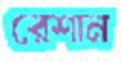
রেশান